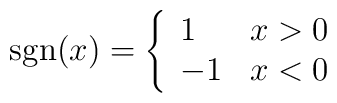
{\rm sgn}(x)=\left\{\begin{array}{ll}1 \ & x>0 \\-1 & x<0 \\\end{array}\right.